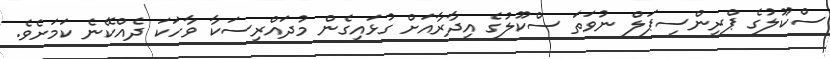
ސްކޫލުގެ ޕްރިންސިޕަލް ނުވަތަ ސްކޫލުގެ އިދާރާއަށް ގުޅައިގެން މުދައްރިސަކާ ވާހަކަ ދެއްކޭނެ ކަމަށެވެ.